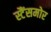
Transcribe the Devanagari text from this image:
स्टैंसमोर